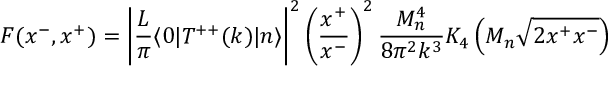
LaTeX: F ( x ^ { - } , x ^ { + } ) = \left| { \frac { L } { \pi } } \langle 0 | T ^ { + + } ( k ) | n \rangle \right| ^ { 2 } \left( { \frac { x ^ { + } } { x ^ { - } } } \right) ^ { 2 } { \frac { M _ { n } ^ { 4 } } { 8 \pi ^ { 2 } k ^ { 3 } } } K _ { 4 } \left( M _ { n } \sqrt { 2 x ^ { + } x ^ { - } } \right)